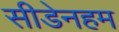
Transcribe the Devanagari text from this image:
सीडेनहम